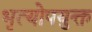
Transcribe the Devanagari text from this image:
भृत्योपयुक्त